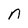
Character: n